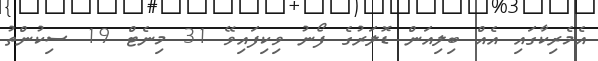
އެމެރިކާގައި އެއް ބިލިއަން ޑޮލަރުގެ ފޯނު ވިކިފައިވޭ 31 މިނެޓް 19 ސިކުންތު